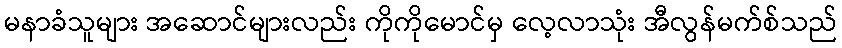
မနာခံသူများ အဆောင်များလည်း ကိုကိုမောင်မှ လေ့လာသုံး အီလွန်မက်စ်သည်